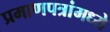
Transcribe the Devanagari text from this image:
प्रमाणपत्रांमध्ये